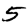
Digit: 5